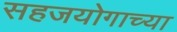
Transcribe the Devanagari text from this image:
सहजयोगाच्या